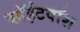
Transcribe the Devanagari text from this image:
व्हॉईटवॉश